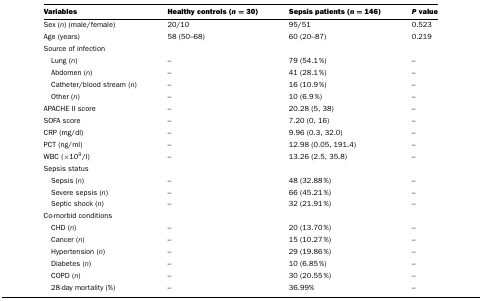
<table><thead><tr><td><b>Variables</b></td><td><b>Healthy controls (<i>n</i>=30)</b></td><td><b>Sepsis patients (<i>n</i>=146)</b></td><td><b><i>P</i> value</b></td></tr></thead><tbody><tr><td>Sex (<i>n</i>) (male/female)</td><td>20/10</td><td>95/51</td><td>0.523</td></tr><tr><td>Age (years)</td><td>58 (50–68)</td><td>60 (20–87)</td><td>0.219</td></tr><tr><td>Source of infection</td><td></td><td></td><td></td></tr><tr><td> Lung (<i>n</i>)</td><td>–</td><td>79 (54.1%)</td><td>–</td></tr><tr><td> Abdomen (<i>n</i>)</td><td>–</td><td>41 (28.1%)</td><td>–</td></tr><tr><td> Catheter/blood stream (<i>n</i>)</td><td>–</td><td>16 (10.9%)</td><td>–</td></tr><tr><td> Other (<i>n</i>)</td><td>–</td><td>10 (6.9%)</td><td>–</td></tr><tr><td>APACHE II score</td><td>–</td><td>20.28 (5, 38)</td><td>–</td></tr><tr><td>SOFA score</td><td>–</td><td>7.20 (0, 16)</td><td>–</td></tr><tr><td>CRP (mg/dl)</td><td>–</td><td>9.96 (0.3, 32.0)</td><td>–</td></tr><tr><td>PCT (ng/ml)</td><td>–</td><td>12.98 (0.05, 191.4)</td><td>–</td></tr><tr><td>WBC (×10<sup>9</sup>/l)</td><td>–</td><td>13.26 (2.5, 35.8)</td><td>–</td></tr><tr><td>Sepsis status</td><td></td><td></td><td></td></tr><tr><td> Sepsis (<i>n</i>)</td><td>–</td><td>48 (32.88%)</td><td>–</td></tr><tr><td> Severe sepsis (<i>n</i>)</td><td>–</td><td>66 (45.21%)</td><td>–</td></tr><tr><td> Septic shock (<i>n</i>)</td><td>–</td><td>32 (21.91%)</td><td>–</td></tr><tr><td>Co-morbid conditions</td><td></td><td></td><td></td></tr><tr><td> CHD (<i>n</i>)</td><td>–</td><td>20 (13.70%)</td><td>–</td></tr><tr><td> Cancer (<i>n</i>)</td><td>–</td><td>15 (10.27%)</td><td>–</td></tr><tr><td> Hypertension (<i>n</i>)</td><td>–</td><td>29 (19.86%)</td><td>–</td></tr><tr><td> Diabetes (<i>n</i>)</td><td>–</td><td>10 (6.85%)</td><td>–</td></tr><tr><td> COPD (<i>n</i>)</td><td>–</td><td>30 (20.55%)</td><td>–</td></tr><tr><td> 28-day mortality (%)</td><td>–</td><td>36.99%</td><td>–</td></tr></tbody></table>